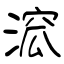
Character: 溛